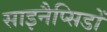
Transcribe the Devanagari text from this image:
साइनैप्सिडों